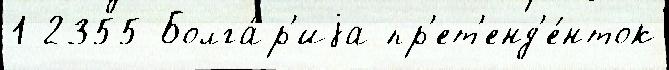
1 2355 Болга́р'иjа пр'ет'енд'е́нток